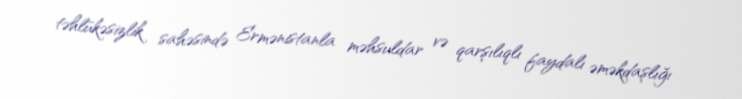
təhlükəsizlik sahəsində Ermənistanla məhsuldar və qarşılıqlı faydalı əməkdaşlığı